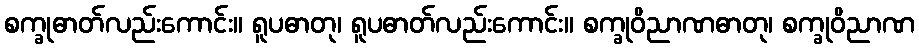
စက္ခုဓာတ်လည်းကောင်း။ ရူပဓာတု၊ ရူပဓာတ်လည်းကောင်း။ စက္ခုဝိညာဏဓာတု၊ စက္ခုဝိညာဏ